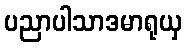
ပညာပါသာဒမာရုယှ